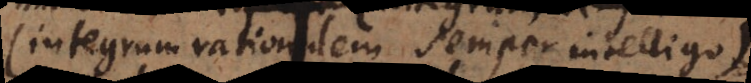
(integrum rationalem semper intelligo)